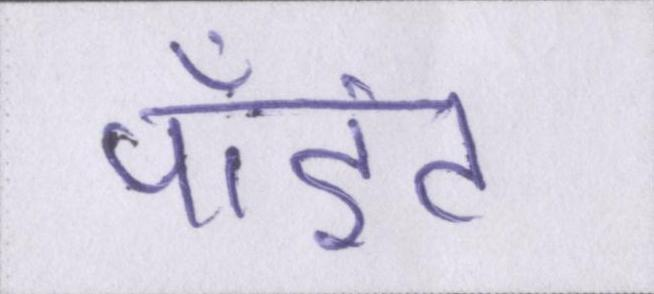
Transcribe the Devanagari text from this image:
पॉइंट